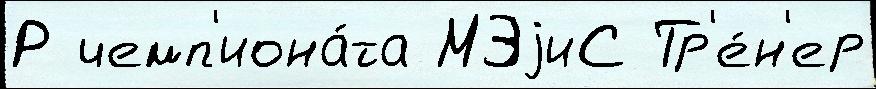
Р чемп'иона́та МЭjиС Тр'е́н'ер